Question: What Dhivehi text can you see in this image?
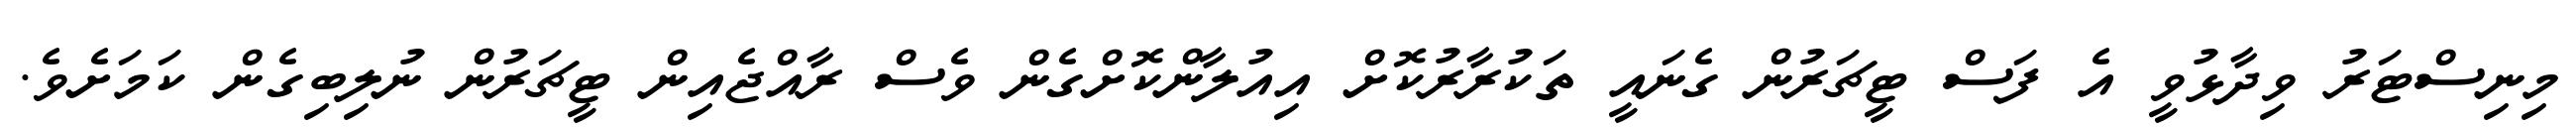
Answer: މިނިސްޓަރު ވިދާޅުވީ އެ ފަސް ޓީޗަރުން ގެނައީ ތަކުރާރުކޮށް އިއުލާންކޮށްގެން ވެސް ރާއްޖެއިން ޓީޗަރުން ނުލިބިގެން ކަމަށެވެ.